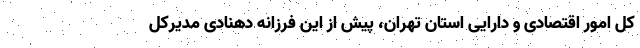
کل امور اقتصادی و دارایی استان تهران، پیش از این فرزانه دهنادی مدیرکل